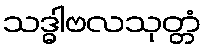
သဒ္ဓါဗလသုတ္တံ